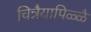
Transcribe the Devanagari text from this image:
चिन्नैयापिळ्ळै